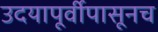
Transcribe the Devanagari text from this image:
उदयापूर्वीपासूनच